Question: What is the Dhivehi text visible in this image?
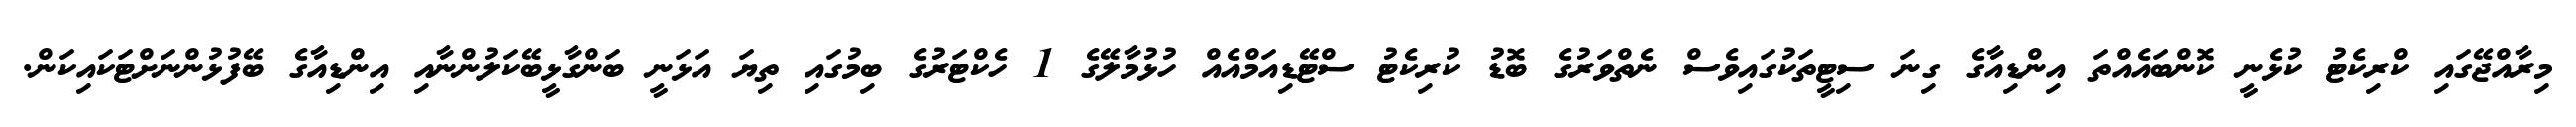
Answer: މިރާއްޖޭގައި ކްރިކެޓު ކުޅެނީ ކޮންބައެއްތަ އިންޑިއާގެ ގިނަ ސިޓީތަކުގައިވެސް ނެތްވަރުގެ ބޮޑު ކުރިކެޓު ސްޓޭޑިއަމްއެއް ހުޅުމާލޭގެ 1 ހެކްޓަރުގެ ބިމުގައި ތިޔަ އަޅަނީ ބަންގާޅީބޭކަލުންނާއި އިންޑިއާގެ ބޭފުޅުންނަށްޓަކައިކަން.